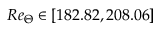
R e _ { \Theta } \in \left[ 1 8 2 . 8 2 , 2 0 8 . 0 6 \right]